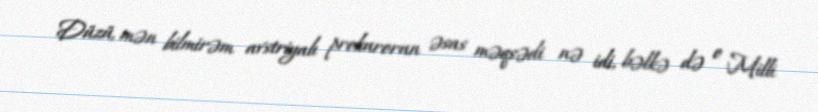
Düzü, mən bilmirəm avstriyalı prokurorun əsas məqsədi nə idi, bəlkə də o Milli